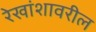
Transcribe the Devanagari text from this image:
रेखांशावरील